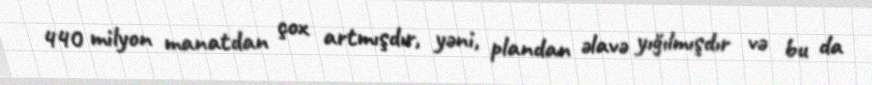
440 milyon manatdan çox artmışdır, yəni, plandan əlavə yığılmışdır və bu da